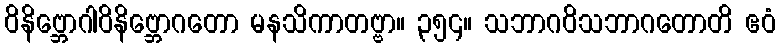
ဝိနိဗ္ဘောဂါဝိနိဗ္ဘောဂတော မနသိကာတဗ္ဗာ။ ၃၅၄။ သဘာဂဝိသဘာဂတောတိ ဧဝံ